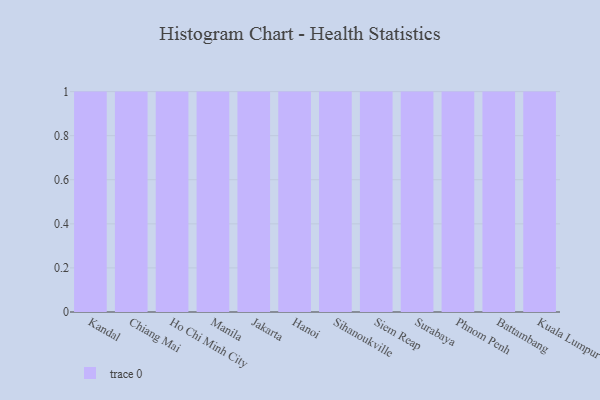
{"axis": {"x": "City", "y": "Energy Usage (MWh)"}, "legend": [""], "data": [{"x": "Kandal", "y": 78, "type": ""}, {"x": "Chiang Mai", "y": 63, "type": ""}, {"x": "Ho Chi Minh City", "y": 95, "type": ""}, {"x": "Manila", "y": 31, "type": ""}, {"x": "Jakarta", "y": 26, "type": ""}, {"x": "Hanoi", "y": 55, "type": ""}, {"x": "Sihanoukville", "y": 48, "type": ""}, {"x": "Siem Reap", "y": 73, "type": ""}, {"x": "Surabaya", "y": 34, "type": ""}, {"x": "Phnom Penh", "y": 41, "type": ""}, {"x": "Battambang", "y": 19, "type": ""}, {"x": "Kuala Lumpur", "y": 1, "type": ""}]}